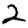
Digit: 2